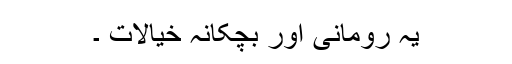
یہ رومانی اور بچکانہ خیالات ۔